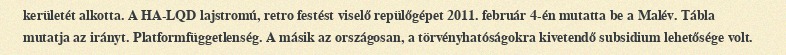
kerületét alkotta. A HA-LQD lajstromú, retro festést viselő repülőgépet 2011. február 4-én mutatta be a Malév. Tábla mutatja az irányt. Platformfüggetlenség. A másik az országosan, a törvényhatóságokra kivetendő subsidium lehetősége volt.